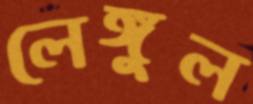
লেঙ্গুল